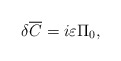
\begin{align*}\delta {\overline C} = i\varepsilon \Pi _0, \end{align*}